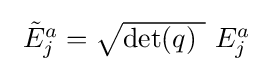
{\textstyle \ {\tilde {E}}_{j}^{a}={\sqrt {\det(q)\ }}\ E_{j}^{a}\ }